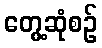
တွေ့ဆုံစဉ်